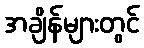
အချိန်များတွင်